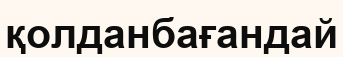
қолданбағандай